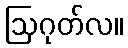
ဩဂုတ်လ။